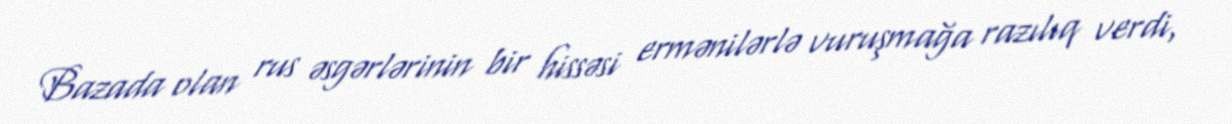
Bazada olan rus əsgərlərinin bir hissəsi ermənilərlə vuruşmağa razılıq verdi,